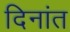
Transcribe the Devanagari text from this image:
दिनांत